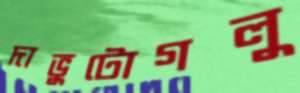
দাভুটোগলু